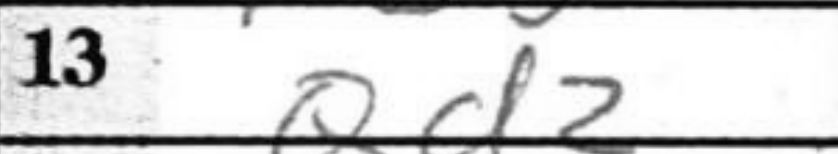
Transcription: Qd2